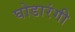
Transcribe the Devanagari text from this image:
घोडारंगी